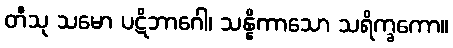
တီသု သမော ပဋိဘာဂေါ၊ သန္နိကာသော သရိက္ခကော။